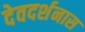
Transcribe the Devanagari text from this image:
देवदर्शनास